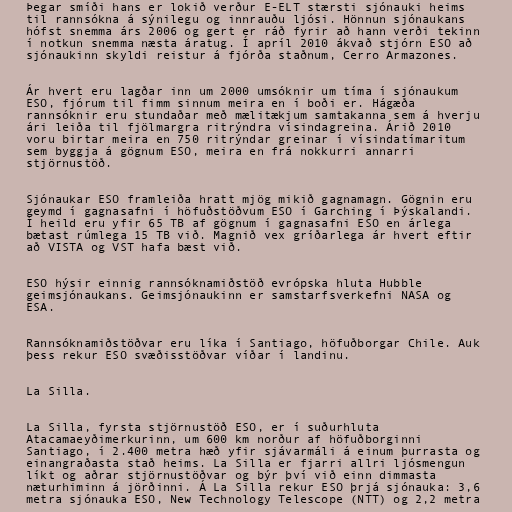
Þegar smíði hans er lokið verður E-ELT stærsti sjónauki heims
til rannsókna á sýnilegu og innrauðu ljósi. Hönnun sjónaukans
hófst snemma árs 2006 og gert er ráð fyrir að hann verði tekinn
í notkun snemma næsta áratug. Í apríl 2010 ákvað stjórn ESO að
sjónaukinn skyldi reistur á fjórða staðnum, Cerro Armazones.

Ár hvert eru lagðar inn um 2000 umsóknir um tíma í sjónaukum
ESO, fjórum til fimm sinnum meira en í boði er. Hágæða
rannsóknir eru stundaðar með mælitækjum samtakanna sem á hverju
ári leiða til fjölmargra ritrýndra vísindagreina. Árið 2010
voru birtar meira en 750 ritrýndar greinar í vísindatímaritum
sem byggja á gögnum ESO, meira en frá nokkurri annarri
stjörnustöð.

Sjónaukar ESO framleiða hratt mjög mikið gagnamagn. Gögnin eru
geymd í gagnasafni í höfuðstöðvum ESO í Garching í Þýskalandi.
Í heild eru yfir 65 TB af gögnum í gagnasafni ESO en árlega
bætast rúmlega 15 TB við. Magnið vex gríðarlega ár hvert eftir
að VISTA og VST hafa bæst við.

ESO hýsir einnig rannsóknamiðstöð evrópska hluta Hubble
geimsjónaukans. Geimsjónaukinn er samstarfsverkefni NASA og
ESA.

Rannsóknamiðstöðvar eru líka í Santiago, höfuðborgar Chile. Auk
þess rekur ESO svæðisstöðvar víðar í landinu.

La Silla.

La Silla, fyrsta stjörnustöð ESO, er í suðurhluta
Atacamaeyðimerkurinn, um 600 km norður af höfuðborginni
Santiago, í 2.400 metra hæð yfir sjávarmáli á einum þurrasta og
einangraðasta stað heims. La Silla er fjarri allri ljósmengun
líkt og aðrar stjörnustöðvar og býr því við einn dimmasta
næturhiminn á jörðinni. Á La Silla rekur ESO þrjá sjónauka: 3,6
metra sjónauka ESO, New Technology Telescope (NTT) og 2,2 metra